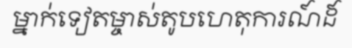
ម្នាក់ទៀតម្ចាស់តូបហេតុការណ៍ដ៍